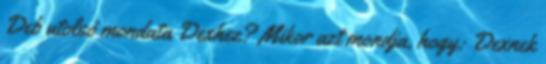
Deb utolsó mondata Dexhez? Mikor azt mondja, hogy: Dexnek